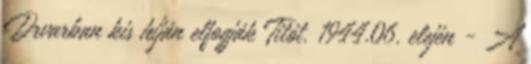
Drvarban kis híján elfogják Titót. 1944.06. elején - A